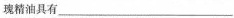
瑰精油具有___